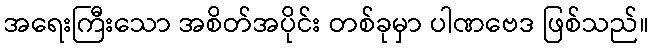
အရေးကြီးသော အစိတ်အပိုင်း တစ်ခုမှာ ပါဏဗေဒ ဖြစ်သည်။